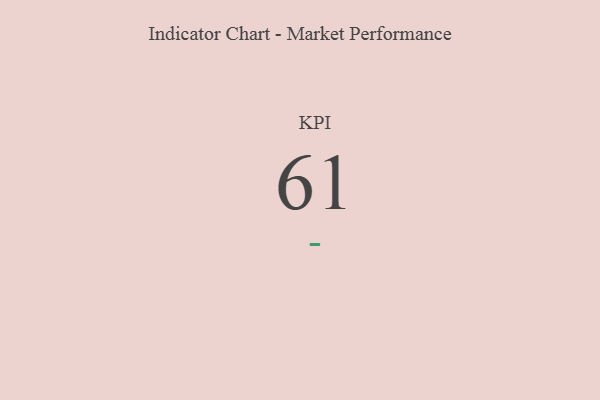
{"axis": {"x": "KPI", "y": "Value"}, "legend": [""], "data": [{"x": "KPI", "y": 61, "type": ""}]}